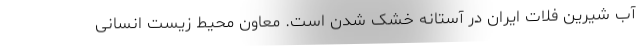
آب شیرین فلات ایران در آستانه خشک شدن است. معاون محیط زیست انسانی